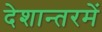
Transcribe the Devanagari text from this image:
देशान्तरमें